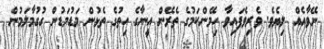
ނޭވާއެއް ލިޔެވެ. ވެރިވެފައިވާ ހިމޭންކަމުގެ ތެރޭން އީނާގެ ހިތުގެ ތެޅުން މަޑުމަޑުން ގުގުމާލަމުން